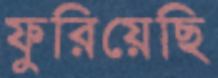
ফুরিয়েছি